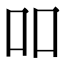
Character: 吅